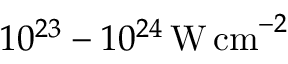
1 0 ^ { 2 3 } - 1 0 ^ { 2 4 } \, \mathrm { W \, c m } ^ { - 2 }